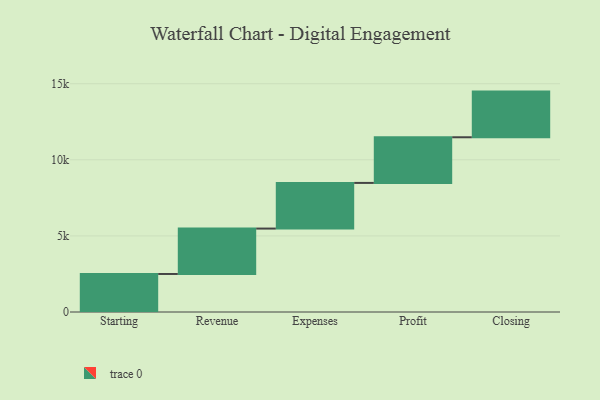
{"axis": {"x": "Step", "y": "Value"}, "legend": [""], "data": [{"x": "Starting", "y": 2499.0, "type": ""}, {"x": "Revenue", "y": 2983.0, "type": ""}, {"x": "Expenses", "y": 3000, "type": ""}, {"x": "Profit", "y": 3000, "type": ""}, {"x": "Closing", "y": 3000, "type": ""}]}